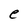
Character: e